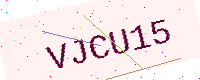
Text: VJCU15